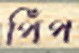
পিঁপ